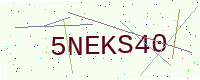
Text: 5NEKS40